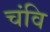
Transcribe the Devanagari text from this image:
चंवि